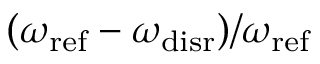
{ ( \omega _ { \mathrm { r e f } } - \omega _ { \mathrm { d i s r } } ) / \omega _ { \mathrm { r e f } } }